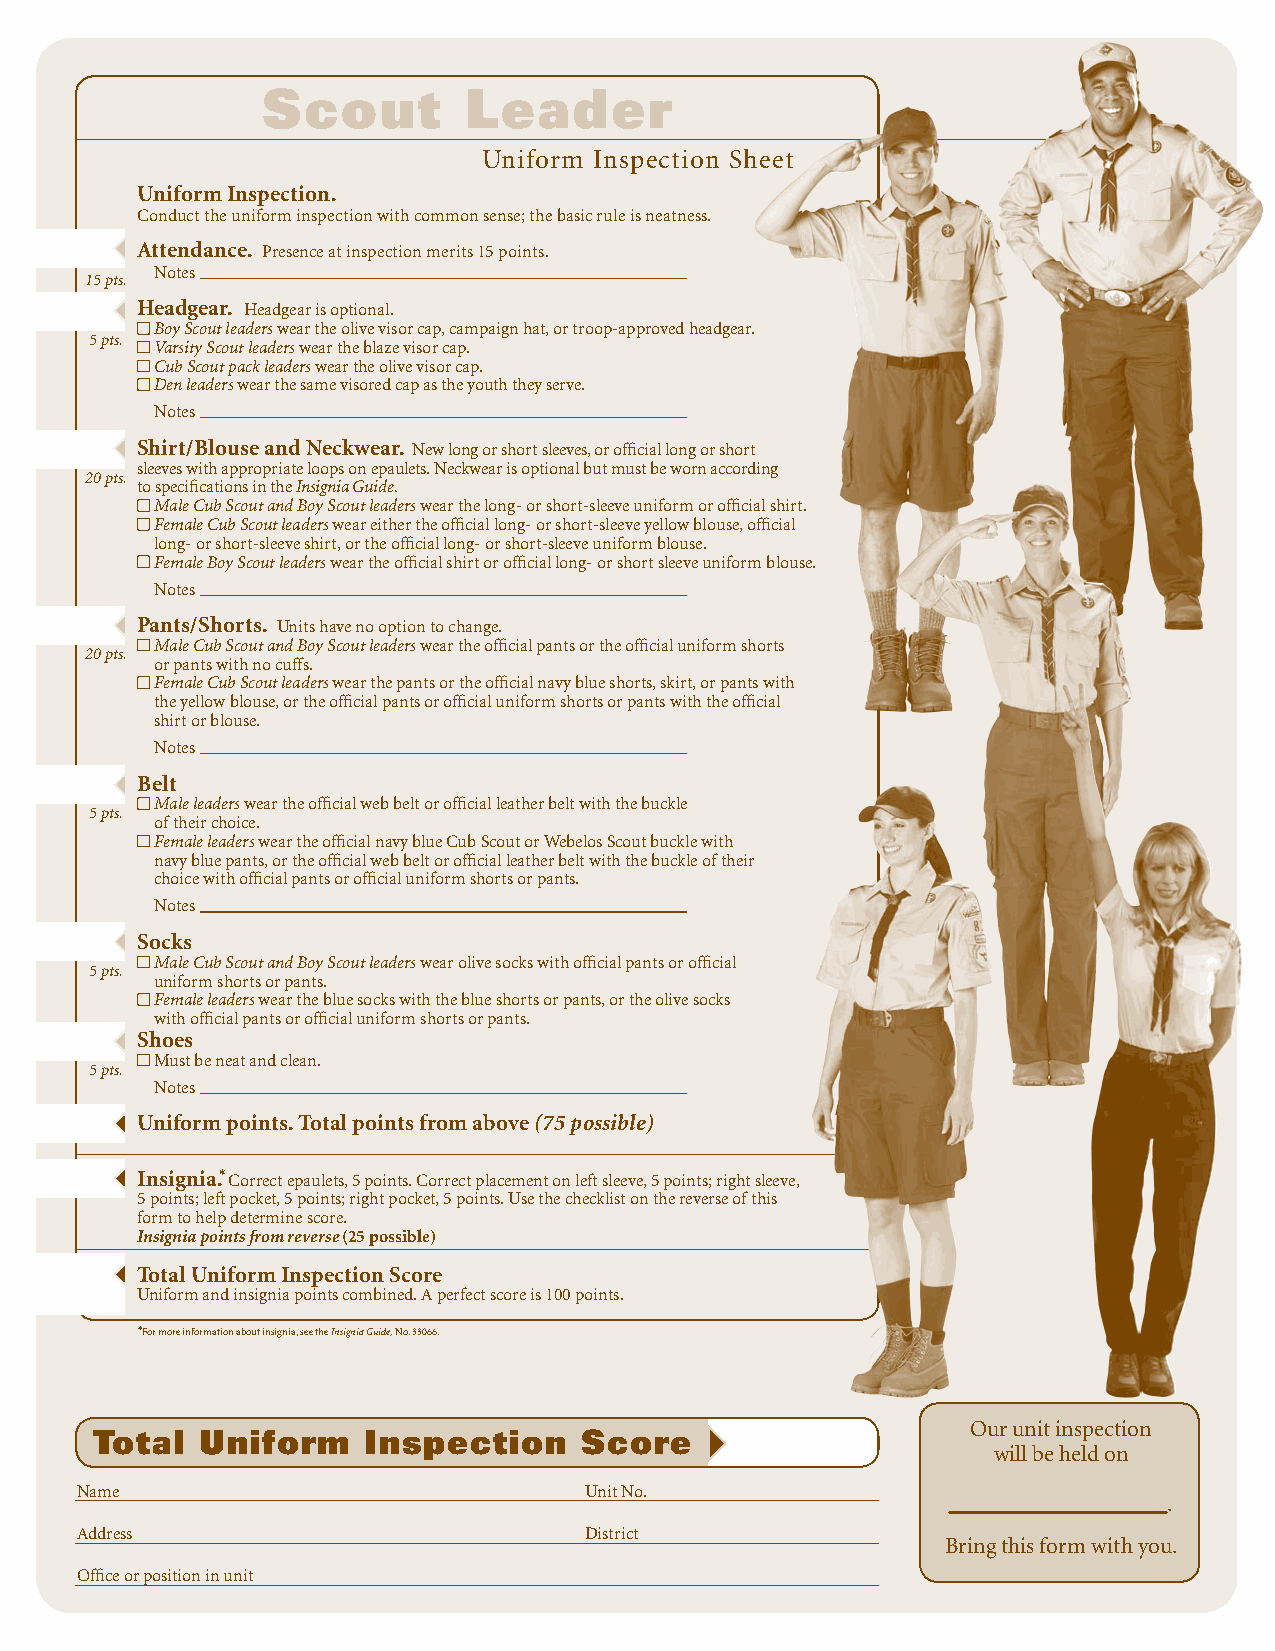
Scout         Leader
 Uniform Inspection Sheet
 Uniform Inspection.
 Conduct the uniform inspection with common sense; the basic rule is neatness.
 Attendance. Presence at inspection merits 15 points.
 Notes
 15 pts.
 Headgear. Headgear is optional.
 Boy Scout leaders wear the olive visor cap, campaign hat, or troop-approved headgear.
 5 pts.
 Varsity Scout leaders wear the blaze visor cap.
 Cub Scout pack leaders wear the olive visor cap.
 Den leaders wear the same visored cap as the youth they serve.
 Notes
 Shirt/Blouse and Neckwear. New long or short sleeves, or official long or short
 sleeves with appropriate loops on epaulets. Neckwear is optional but must be worn according
 20 pts.
 to specifications in the Insignia Guide.
 Male Cub Scout and Boy Scout leaders wear the long- or short-sleeve uniform or official shirt.
 Female Cub Scout leaders wear either the official long- or short-sleeve yellow blouse, official
 long- or short-sleeve shirt, or the official long- or short-sleeve uniform blouse.
 Female Boy Scout leaders wear the official shirt or official long- or short sleeve uniform blouse.
 Notes
 Pants/Shorts. Units have no option to change.
 Male Cub Scout and Boy Scout leaders wear the official pants or the official uniform shorts
 20 pts.
 or pants with no cuffs.
 Female Cub Scout leaders wear the pants or the official navy blue shorts, skirt, or pants with
 the yellow blouse, or the official pants or official uniform shorts or pants with the official
 shirt or blouse.
 Notes
 Belt
 Male leaders wear the official web belt or official leather belt with the buckle
 5 pts.
 of their choice.
 Female leaders wear the official navy blue Cub Scout or Webelos Scout buckle with
 navy blue pants, or the official web belt or official leather belt with the buckle of their
 choice with official pants or official uniform shorts or pants.
 Notes
 Socks
 Male Cub Scout and Boy Scout leaders wear olive socks with official pants or official
 5 pts.
 uniform shorts or pants.
 Female leaders wear the blue socks with the blue shorts or pants, or the olive socks
 with official pants or official uniform shorts or pants.
 Shoes
 Must be neat and clean.
 5 pts.
 Notes
 Uniform points. Total points from above (75 possible)
 Insignia.✱ Correct epaulets, 5 points. Correct placement on left sleeve, 5 points; right sleeve,
 5 points; left pocket, 5 points; right pocket, 5 points. Use the checklist on the reverse of this
 form to help determine score.
 Insignia points from reverse (25 possible)
 Total Uniform Inspection Score
 Uniform and insignia points combined. A perfect score is 100 points.
 ✱For more information about insignia, see the Insignia Guide, No. 33066.
 Our unit inspection
 Total  Uniform    Inspection     Score
 will be held on
 Name                              Unit No.
 .
 Address                           District
 Bring this form with you.
 Office or position in unit